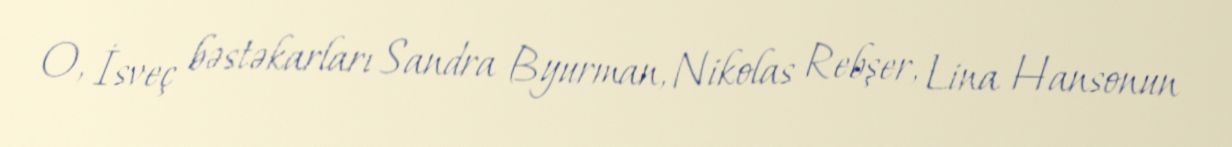
O, İsveç bəstəkarları Sandra Byurman, Nikolas Rebşer, Lina Hansonun